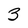
Character: 3